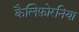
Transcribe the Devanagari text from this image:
कैलिफ़ोरनिया